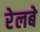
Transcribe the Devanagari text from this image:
रेलबे